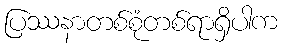
ပြဿနာတစ်စုံတစ်ရာရှိပါက